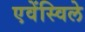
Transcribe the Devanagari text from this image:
एवेंस्विले